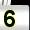
Digit: 5